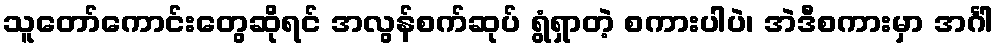
သူတော်ကောင်းတွေဆိုရင် အလွန်စက်ဆုပ် ရွံရှာတဲ့ စကားပါပဲ၊ အဲဒီစကားမှာ အင်္ဂါ